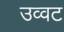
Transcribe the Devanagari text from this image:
उव्‍वट